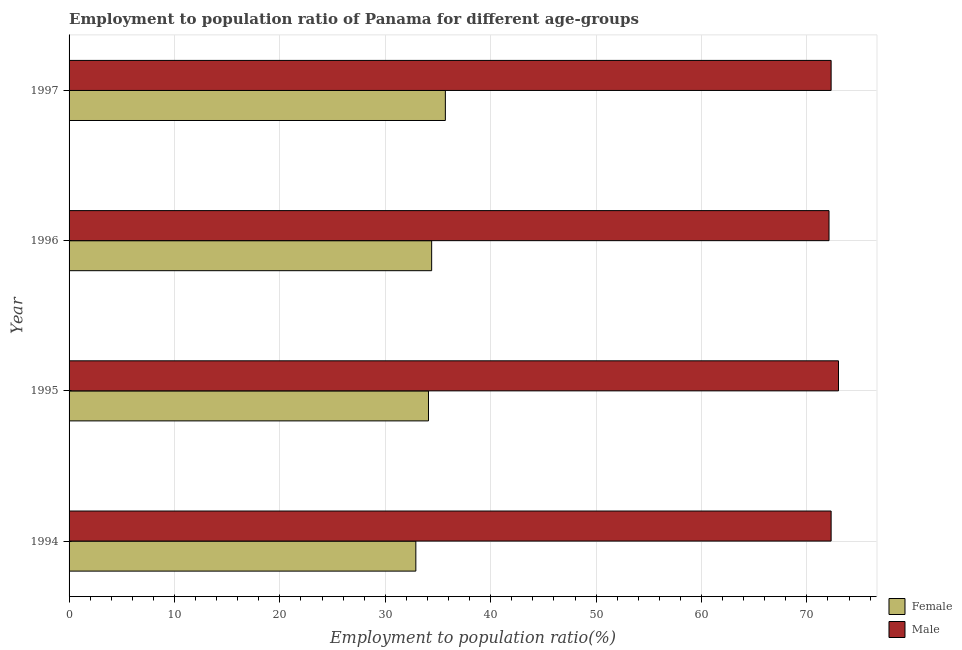
| Year | Female | Male |
 | --- | --- | --- |
 | 1994 | 32.9 | 72.3 |
 | 1995 | 34.1 | 73 |
 | 1996 | 34.4 | 72.1 |
 | 1997 | 35.7 | 72.3 |